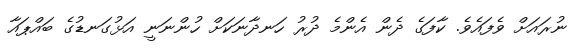
ނުރައަށް ވެފައެވެ. ކާފަގެ ދެން އެންމެ ދުރު ހަނދާނަކަށް ހުންނަނީ އަޅުގަނޑުގެ ބައްޕައާ